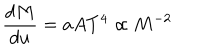
LaTeX: \frac { d M } { d u } = a A T ^ { 4 } \propto M ^ { - 2 }